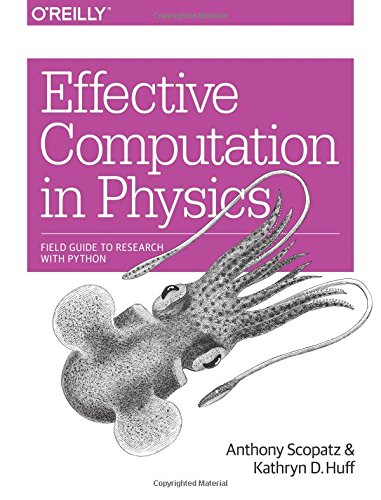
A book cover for Effective Computation in Physics; Anthony Scopatz; Computers & Technology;